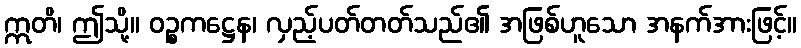
ဣတိ၊ ဤသို့။ ဝဉ္စကဋ္ဌေန၊ လှည့်ပတ်တတ်သည်၏ အဖြစ်ဟူသော အနက်အားဖြင့်။